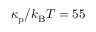
\kappa _ { \mathrm { p } } / k _ { \mathrm { B } } T = 5 5